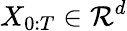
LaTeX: X_{0:T}\in\mathcal{R}^{d}